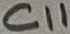
Text: C11